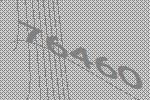
76460